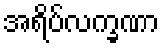
အရိပ်လက္ခဏာ